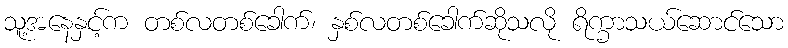
သူ့အနေနှင့်က တစ်လတစ်ခေါက်၊ နှစ်လတစ်ခေါက်ဆိုသလို ရိက္ခာသယ်ဆောင်သော